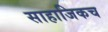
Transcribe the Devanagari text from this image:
साहाजिकच